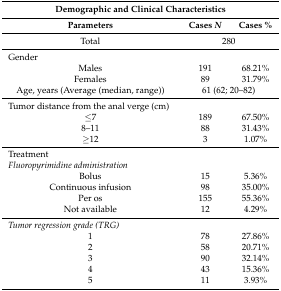
<table><thead><tr><td colspan="3"><b>Demographic and Clinical Characteristics</b></td></tr><tr><td><b>Parameters</b></td><td><b>Cases <i>N</i></b></td><td><b>Cases %</b></td></tr></thead><tbody><tr><td>Total</td><td colspan="2">280</td></tr><tr><td colspan="3">Gender</td></tr><tr><td>Males</td><td>191</td><td>68.21%</td></tr><tr><td>Females</td><td>89</td><td>31.79%</td></tr><tr><td>Age, years (Average (median, range))</td><td colspan="2">61 (62; 20–82)</td></tr><tr><td colspan="3">Tumor distance from the anal verge (cm)</td></tr><tr><td>≤7</td><td>189</td><td>67.50%</td></tr><tr><td>8–11</td><td>88</td><td>31.43%</td></tr><tr><td>≥12</td><td>3</td><td>1.07%</td></tr><tr><td colspan="3">Treatment</td></tr><tr><td colspan="3"><i>Fluoropyrimidine administration</i></td></tr><tr><td>Bolus</td><td>15</td><td>5.36%</td></tr><tr><td>Continuous infusion</td><td>98</td><td>35.00%</td></tr><tr><td>Per os</td><td>155</td><td>55.36%</td></tr><tr><td>Not available</td><td>12</td><td>4.29%</td></tr><tr><td colspan="3"><i>Tumor regression grade (TRG)</i></td></tr><tr><td>1</td><td>78</td><td>27.86%</td></tr><tr><td>2</td><td>58</td><td>20.71%</td></tr><tr><td>3</td><td>90</td><td>32.14%</td></tr><tr><td>4</td><td>43</td><td>15.36%</td></tr><tr><td>5</td><td>11</td><td>3.93%</td></tr></tbody></table>